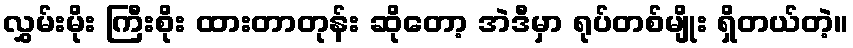
လွှမ်းမိုး ကြီးစိုး ထားတာတုန်း ဆိုတော့ အဲဒီမှာ ရုပ်တစ်မျိုး ရှိတယ်တဲ့။